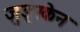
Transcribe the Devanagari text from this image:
जुड्स्केन